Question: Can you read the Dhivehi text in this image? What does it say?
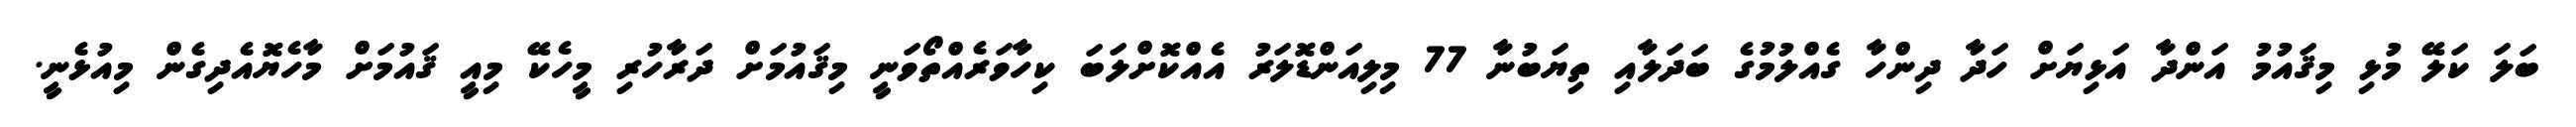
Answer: ބަލަ ކަލޭ މުޅި މިޤައުމު އަންދާ އަޅިޔަށް ހަދާ ދިންހާ ގެއްލުމުގެ ބަދަލާއި ތިޔަބުނާ 77 މިލިއަންޑޮލަރު އެއްކޮށްލަބަ ކިހާވަރެއްތޯވަނީ މިޤައުމަށް ދަރާހުރި މީހެކޭ މިއީ ޤައުމަށް މާހެޔޮއެދިގެން މިއުޅެނީ.